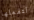
لتفعلها